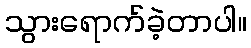
သွားရောက်ခဲ့တာပါ။